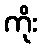
ကိုး